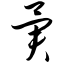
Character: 异